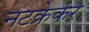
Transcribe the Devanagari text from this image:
नटक्रेकर